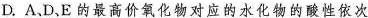
D.A、D、E的最高价氧化物对应的水化物的酸性依次增强